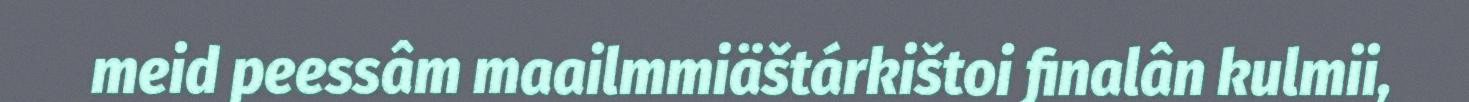
meid peessâm maailmmiäštárkištoi finalân kulmii,